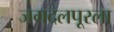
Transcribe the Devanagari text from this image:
जगदलपूरला